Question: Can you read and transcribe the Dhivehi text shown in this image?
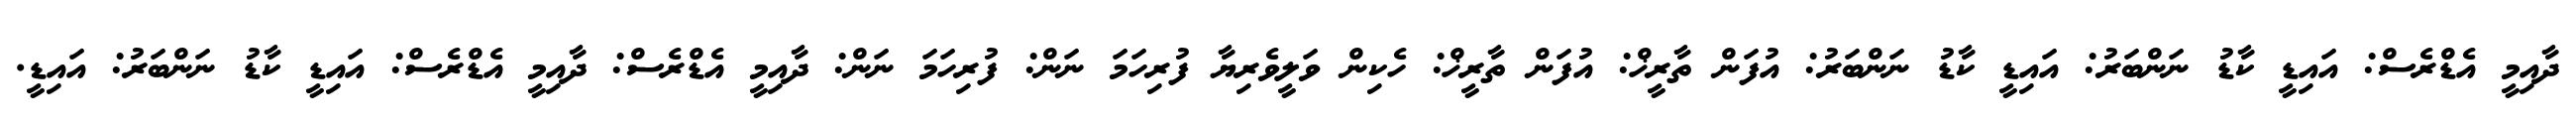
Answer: ދާއިމީ އެޑްރެސް: އައިޑީ ކާޑު ނަންބަރު: އައިޑީ ކާޑު ނަންބަރު: އުފަން ތާރީޚް: އުފަން ތާރީޚް: ހެކިން ވަލީވެރިޔާ ފުރިހަމަ ނަން: ފުރިހަމަ ނަން: ދާއިމީ އެޑްރެސް: ދާއިމީ އެޑްރެސް: އައިޑީ ކާޑު ނަންބަރު: އައިޑީ.